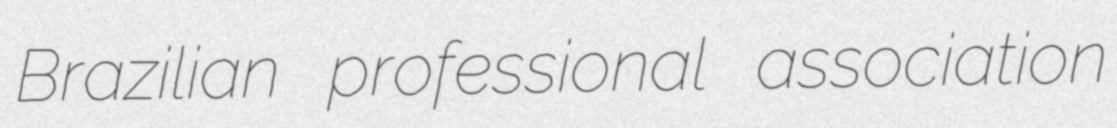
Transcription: Brazilian professional association